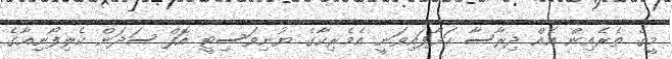
މީގެ ތެރެއިން އެއް ދިރާސާ ހަދާފައިވަނީ އެމެރިކާގެ ޔުނިވަސިޓީ އޮފް ސަދަން ކެލިފޯނިއާގެ